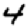
Digit: 4